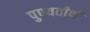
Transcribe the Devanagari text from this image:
पुण्यतीर्थ